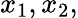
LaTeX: x_{1},x_{2},